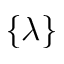
\{ \lambda \}